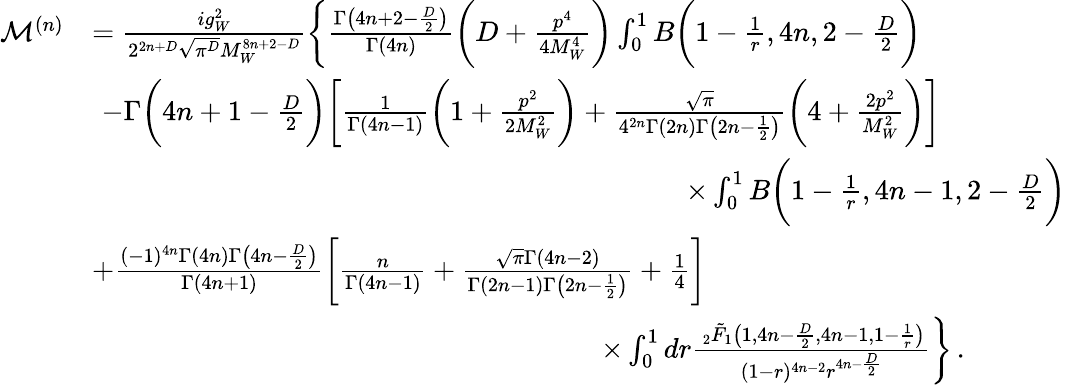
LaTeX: \begin{array}{rl}{\mathcal{M}^{(n)}}&{=\frac{ig_{W}^{2}}{2^{2n+D}\sqrt{\pi^{D}}M_{W}^{8n+2-D}}\bigg\{ \frac{\Gamma\big(4n+2-\frac{D}{2}\big)}{\Gamma(4n)}\bigg(D+\frac{p^{4}}{4M_{W}^{4}}\bigg)\int_{0}^{1}B\bigg(1-\frac{1}{r},4n,2-\frac{D}{2}\bigg)}\\ &{\, \, -\Gamma\bigg(4n+1-\frac{D}{2}\bigg)\bigg[\frac{1}{\Gamma(4n-1)}\bigg(1+\frac{p^{2}}{2M_{W}^{2}}\bigg)+\frac{\sqrt{\pi}}{4^{2n}\Gamma(2n)\Gamma\big(2n-\frac{1}{2}\big)}\bigg(4+\frac{2p^{2}}{M_{W}^{2}}\bigg)\bigg]}\\ &{\quad\quad\quad\quad\quad\quad\quad\quad\quad\quad\quad\quad\quad\quad\quad\quad\quad\quad\quad\quad\quad\times\int_{0}^{1}B\bigg(1-\frac{1}{r},4n-1,2-\frac{D}{2}\bigg)}\\ &{+\frac{(-1)^{4n}\Gamma(4n)\Gamma\big(4n-\frac{D}{2}\big)}{\Gamma(4n+1)}\bigg[\frac{n}{\Gamma(4n-1)}+\frac{\sqrt{\pi}\Gamma(4n-2)}{\Gamma(2n-1)\Gamma\big(2n-\frac{1}{2}\big)}+\frac{1}{4}\bigg]}\\ &{\quad\quad\quad\quad\quad\quad\quad\quad\quad\quad\quad\quad\quad\quad\quad\quad\quad\quad\times\int_{0}^{1}dr\frac{\, _{2}\tilde{F}_{1}\big(1,4n-\frac{D}{2},4n-1,1-\frac{1}{r}\big)}{(1-r)^{4n-2}r^{4n-\frac{D}{2}}}\bigg\} \, .}\end{array}